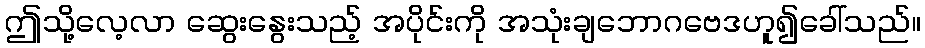
ဤသို့လေ့လာ ဆွေးနွေးသည့် အပိုင်းကို အသုံးချဘောဂဗေဒဟူ၍ခေါ်သည်။